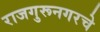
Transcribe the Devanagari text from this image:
राजगुरूनगरचे